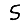
Digit: 5